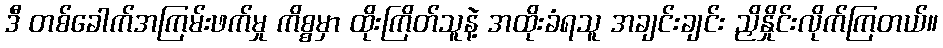
ဒီ တစ်ခေါက်အကြမ်းဖက်မှု ကိစ္စမှာ ထိုးကြိတ်သူနဲ့ အထိုးခံရသူ အချင်းချင်း ညှိနှိုင်းလိုက်ကြတယ်။